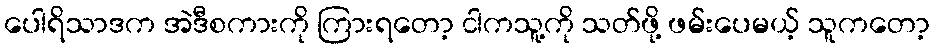
ပေါရိသာဒက အဲဒီစကားကို ကြားရတော့ ငါကသူ့ကို သတ်ဖို့ ဖမ်းပေမယ့် သူကတော့